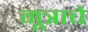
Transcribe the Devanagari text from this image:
मूत्राचे